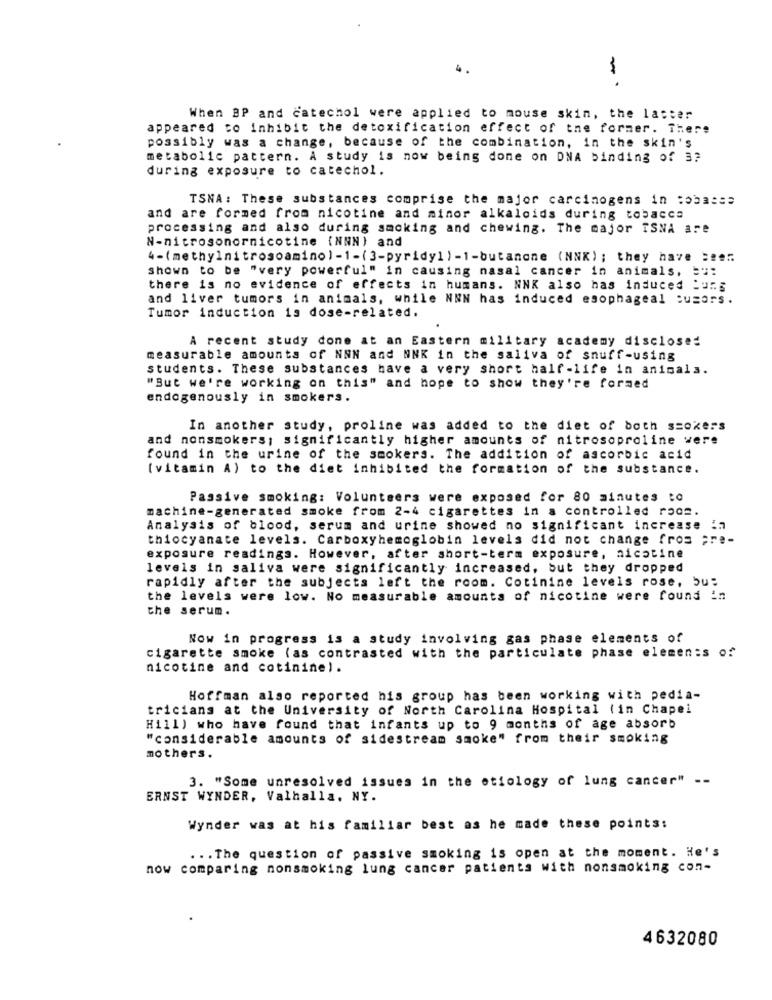
When BP and catechol were applied to mouse skin, the latter
appeared to inhibit the detoxification effect of the former. There
possibly was a change, because of the combination, in the skin's
metabolic pattern. A study is now being done on DNA binding of 3?
during exposure to catechol.
TSNA: These substances comprise the major carcinogens in :ba:cz
and are formed from nicotine and minor alkaloids during tobacca
processing and also during smoking and chewing. The major TSNA are
N-nitrosonornicotine (NNN) and
4-(methylnitrosoamino) -1-(3-pyridy1) -1-butanone (NNK) ; they have =" ...
shown to be "very powerful" in causing nasal cancer in animals, = ":
there is no evidence of effects in humans. NNK also has induced burg
and liver tumors in animals, while NNN has induced esophageal :usors.
Tumor induction is dose-related.
A recent study done at an Eastern military academy disclosed
measurable amounts of NNN and NNK in the saliva of snuff-using
students. These substances have a very short half-life in animals.
"But we're working on this" and hope to show they're formed
endogenously in smokers.
In another study, proline was added to the diet of both szokers
and nonsmokers; significantly higher amounts of nitrosoproline were
found in the urine of the smokers. The addition of ascorbic acid
(vitamin A) to the diet inhibited the formation of the substance.
Passive smoking: Volunteers were exposed for 80 minutes to
machine-generated smoke from 2-4 cigarettes in a controlled roce.
Analysis of blood, serum and urine showed no significant increase in
thiocyanate levels. Carboxyhemoglobin levels did not change fros ;re-
exposure readings. However, after short-term exposure, nicotine
levels in saliva were significantly increased, but they dropped
rapidly after the subjects left the room. Cotinine levels rose, bu:
the levels were low. No measurable amounts of nicotine were found in
the serum.
Now in progress is a study involving gas phase elements of
cigarette smoke (as contrasted with the particulate phase elements of
nicotine and cotinine).
Hoffman also reported his group has been working with pedia-
tricians at the University of North Carolina Hospital (in Chapel
Hill) who have found that infants up to 9 months of age absorb
"considerable amounts of sidestream smoke" from their smoking
mothers.
3. "Some unresolved issues in the etiology of lung cancer" --
ERNST WYNDER, Valhalla, NY.
Wynder was at his familiar best as he made these points:
... The question of passive smoking is open at the moment. He's
now comparing nonsmoking lung cancer patients with nonsmoking con-
4632080